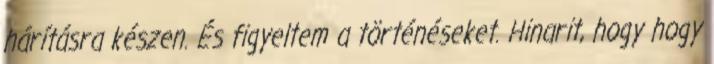
hárításra készen. És figyeltem a történéseket. Hinarit, hogy hogy